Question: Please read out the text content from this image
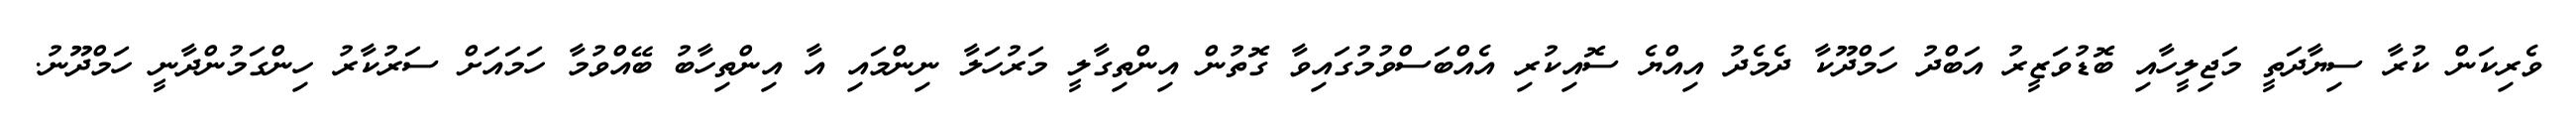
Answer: ވެރިކަން ކުރާ ސިޔާދަތީ މަޖިލީހާއި ބޮޑުވަޒީރު އަބްދު ހަމްދޫކާ ދެމެދު އިއްޔެ ސޮއިކުރި އެއްބަސްވުމުގައިވާ ގޮތުން އިންތިގާލީ މަރުހަލާ ނިންމައި އާ އިންތިހާބު ބޭއްވުމާ ހަމައަށް ސަރުކާރު ހިންގަމުންދާނީ ހަމްދޫނު.